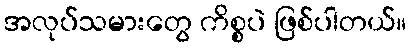
အလုပ်သမားတွေ ကိစ္စပဲ ဖြစ်ပါတယ်။